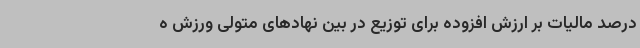
درصد مالیات بر ارزش افزوده برای توزیع در بین نهادهای متولی ورزش ه